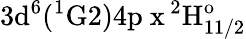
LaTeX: \mathrm{3d^{6}(^{1}G2)4p\ x\, ^{2}H_{11/2}^{o}}